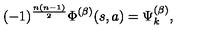
( - 1 ) ^ { \frac { n ( n - 1 ) } { 2 } } \Phi ^ { ( \beta ) } ( s , a ) = \Psi _ { k } ^ { ( \beta ) } ,